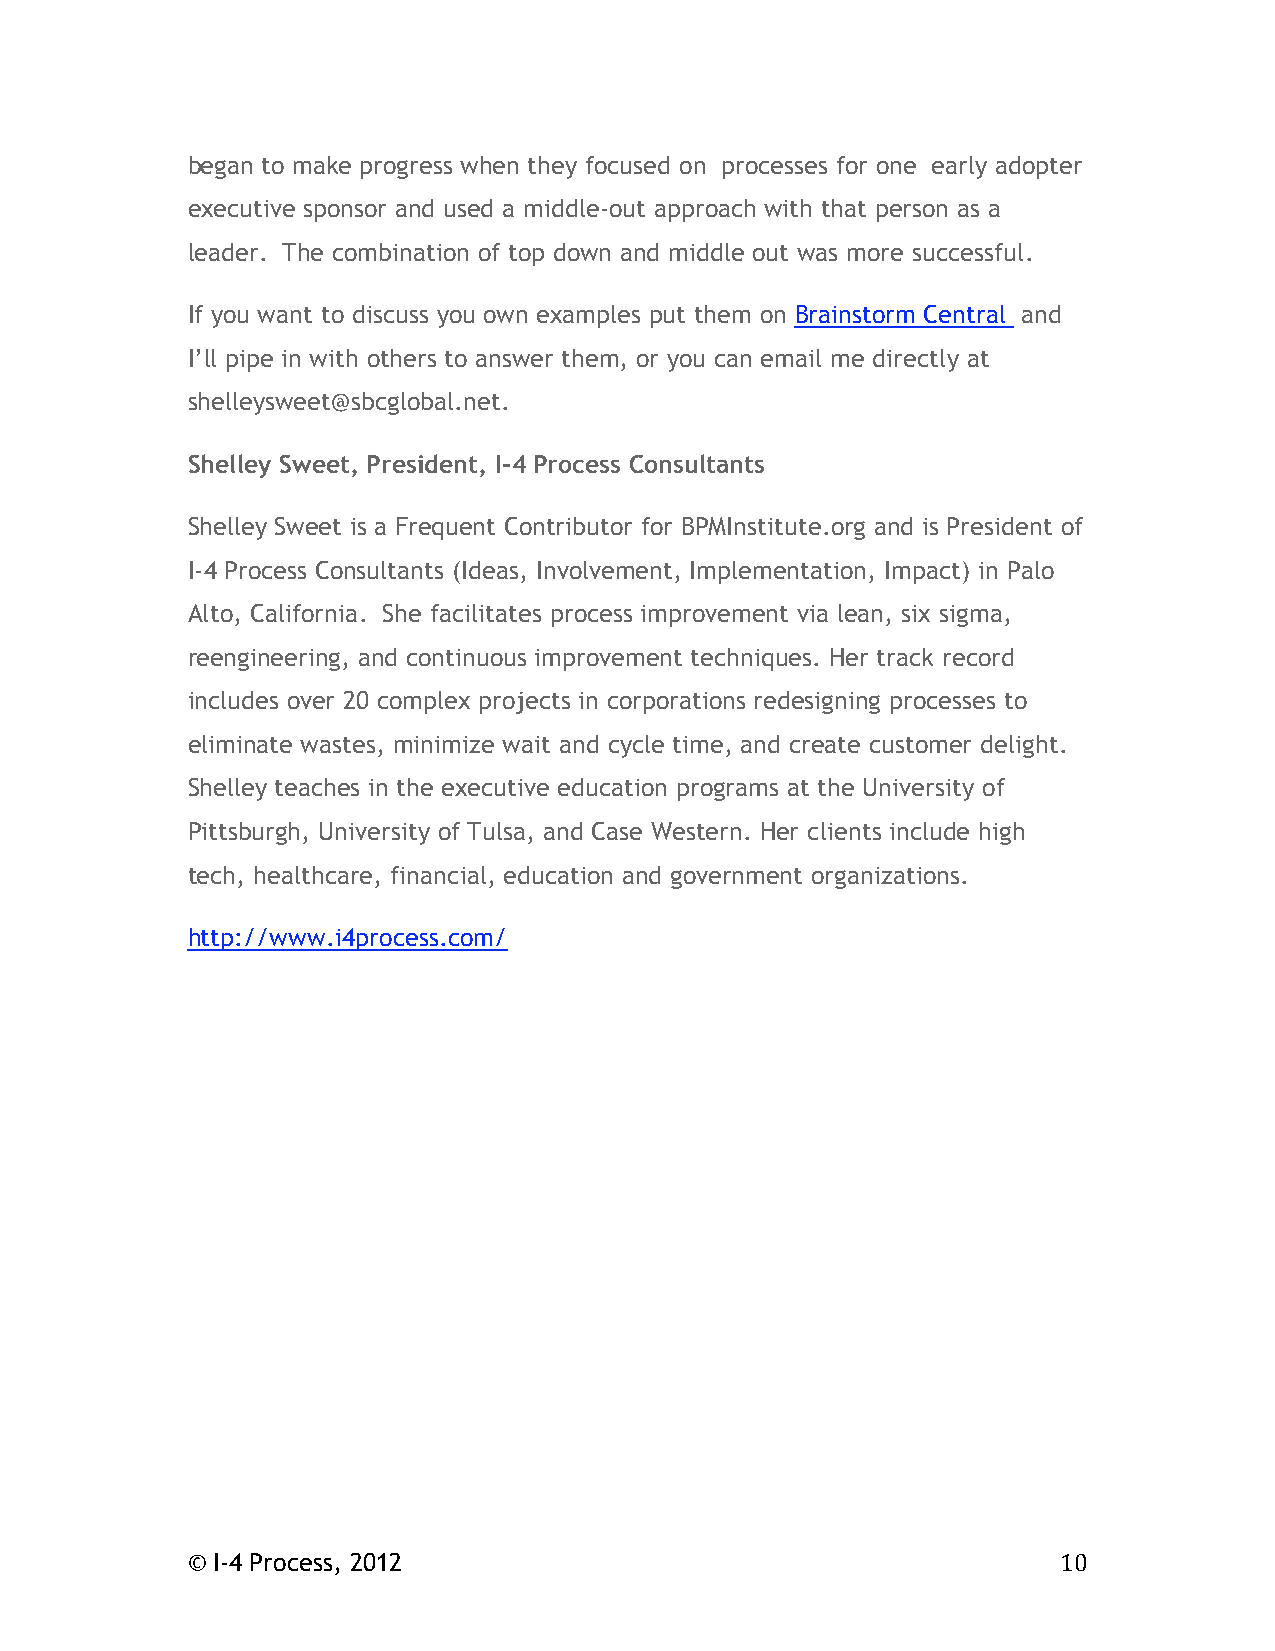
began to make progress when they focused on processes for one early adopter
 executive sponsor and used a middle-out approach with that person as a
 leader. The combination of top down and middle out was more successful.
 If you want to discuss you own examples put them on Brainstorm Central and
 I’ll pipe in with others to answer them, or you can email me directly at
 shelleysweet@sbcglobal.net.
 Shelley Sweet, President, I-4 Process Consultants
 Shelley Sweet is a Frequent Contributor for BPMInstitute.org and is President of
 I-4 Process Consultants (Ideas, Involvement, Implementation, Impact) in Palo
 Alto, California. She facilitates process improvement via lean, six sigma,
 reengineering, and continuous improvement techniques. Her track record
 includes over 20 complex projects in corporations redesigning processes to
 eliminate wastes, minimize wait and cycle time, and create customer delight.
 Shelley teaches in the executive education programs at the University of
 Pittsburgh, University of Tulsa, and Case Western. Her clients include high
 tech, healthcare, financial, education and government organizations.
 http://www.i4process.com/
 © I-4 Process, 2012                                       10